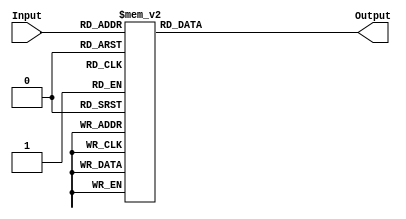
//  Alexander Payne, Adam Suter
//  BCD to Seven-Segment Display Decoder

module myrrBcd7sdDecoder(Input, Output);
  //  4-bit driving line
  input  [3:0]Input;
  //  7-bit driver line
  output [6:0]Output;
  reg    [6:0]Output;

  always @ (Input)
  begin
    case (Input)
      //  SSD section  :    GFEDCBA  //    _       _
      4'b0000 : Output = 7'b1000000; // 0 | |   |  _|
      4'b0001 : Output = 7'b1111001; // 1 |_|   | |_
      4'b0010 : Output = 7'b0100100; // 2  _       _
      4'b0011 : Output = 7'b0110000; // 3  _| |_| |_
      4'b0100 : Output = 7'b0011001; // 4  _|   |  _|
      4'b0101 : Output = 7'b0010010; // 5  _   _   _
      4'b0110 : Output = 7'b0000010; // 6 |_    | |_|
      4'b0111 : Output = 7'b1111000; // 7 |_|   | |_|
      //  SSD section  :    GFEDCBA  //    _       A
      4'b1000 : Output = 7'b0000000; // 8 |_|     FGB
      4'b1001 : Output = 7'b0010000; // 9  _|     EDC
      4'b1010 : Output = 7'b0001000; // A  _       _
      4'b1011 : Output = 7'b0000011; // B |_| |_  |
      4'b1100 : Output = 7'b1000110; // C | | |_| |_
      4'b1101 : Output = 7'b0100001; // D      _   _
      4'b1110 : Output = 7'b0000110; // E  _| |_  |_
      4'b1111 : Output = 7'b0001110; // F |_| |_  |
      //  SSD section  :    GFEDCBA
    endcase
  end
endmodule